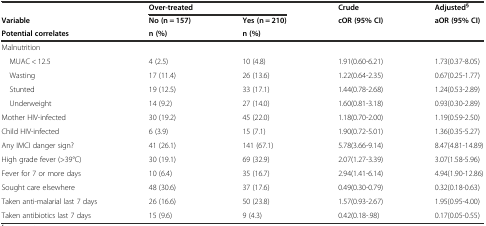
<table><thead><tr><td></td><td colspan="2"><b>Over-treated</b></td><td><b>Crude</b></td><td><b>Adjusted<sup>§</sup></b></td></tr><tr><td><b>Variable</b></td><td><b>No (n = 157)</b></td><td><b>Yes (n = 210)</b></td><td><b>cOR (95% CI)</b></td><td><b>aOR (95% CI)</b></td></tr><tr><td><b>Potential correlates</b></td><td><b>n (%)</b></td><td><b>n (%)</b></td><td></td><td></td></tr></thead><tbody><tr><td>Malnutrition</td><td></td><td></td><td></td><td></td></tr><tr><td> MUAC &lt; 12.5</td><td>4 (2.5)</td><td>10 (4.8)</td><td>1.91(0.60-6.21)</td><td>1.73(0.37-8.05)</td></tr><tr><td> Wasting</td><td>17 (11.4)</td><td>26 (13.6)</td><td>1.22(0.64-2.35)</td><td>0.67(0.25-1.77)</td></tr><tr><td> Stunted</td><td>19 (12.5)</td><td>33 (17.1)</td><td>1.44(0.78-2.68)</td><td>1.24(0.53-2.89)</td></tr><tr><td> Underweight</td><td>14 (9.2)</td><td>27 (14.0)</td><td>1.60(0.81-3.18)</td><td>0.93(0.30-2.89)</td></tr><tr><td>Mother HIV-infected</td><td>30 (19.2)</td><td>45 (22.0)</td><td>1.18(0.70-2.00)</td><td>1.19(0.59-2.50)</td></tr><tr><td>Child HIV-infected</td><td>6 (3.9)</td><td>15 (7.1)</td><td>1.90(0.72-5.01)</td><td>1.36(0.35-5.27)</td></tr><tr><td>Any IMCI danger sign?</td><td>41 (26.1)</td><td>141 (67.1)</td><td>5.78(3.66-9.14)</td><td>8.47(4.81-14.89)</td></tr><tr><td>High grade fever (&gt;39°C)</td><td>30 (19.1)</td><td>69 (32.9)</td><td>2.07(1.27-3.39)</td><td>3.07(1.58-5.96)</td></tr><tr><td>Fever for 7 or more days</td><td>10 (6.4)</td><td>35 (16.7)</td><td>2.94(1.41-6.14)</td><td>4.94(1.90-12.86)</td></tr><tr><td>Sought care elsewhere</td><td>48 (30.6)</td><td>37 (17.6)</td><td>0.49(0.30-0.79)</td><td>0.32(0.18-0.63)</td></tr><tr><td>Taken anti-malarial last 7 days</td><td>26 (16.6)</td><td>50 (23.8)</td><td>1.57(0.93-2.67)</td><td>1.95(0.95-4.00)</td></tr><tr><td>Taken antibiotics last 7 days</td><td>15 (9.6)</td><td>9 (4.3)</td><td>0.42(0.18-.98)</td><td>0.17(0.05-0.55)</td></tr></tbody></table>